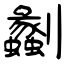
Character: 劙